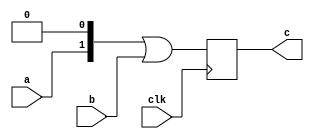
module test (clk,c,a,b);
input clk;
input a, b;
output [1:0] c;
reg [1:0] c;

(* ivl_synthesis_on *)
always @(posedge clk)
    c <= (a << 1) | b;

endmodule